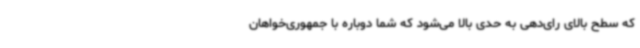
که سطح بالای رای‌دهی به حدی بالا می‌شود که شما دوباره با جمهوری‌خواهان